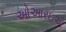
ઓઆરઇએ